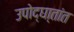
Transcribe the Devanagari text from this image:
उपोद्‌घा्तांत